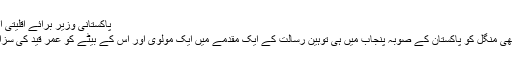
پاکستانی وزیر برائے اقلیتی امور شہباز بھٹی
دوسری جانب ابھی منگل کو پاکستان کے صوبہ پنجاب میں ہی توہین رسالت کے ایک مقدمے میں ایک مولوی اور اس کے بیٹے کو عمر قید کی سزا سنائی گئی ہے۔